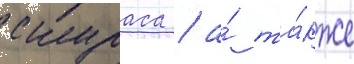
скураса / а́ та́кже